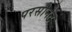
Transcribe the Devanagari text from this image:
परसोनेट